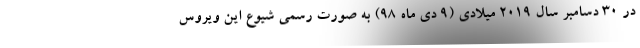
در ۳۰ دسامبر سال ۲۰۱۹ میلادی (۹ دی ماه ۹۸) به صورت رسمی شیوع این ویروس